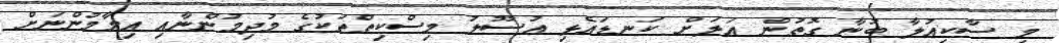
މި ސާކިއުލާ ބުނާ ގޮތުން އަލަށް ކަނޑައެޅި އުސޫލު މިސްކިތްތަކުގެ މުދިމުންނާއި އިމާމުންނަށް